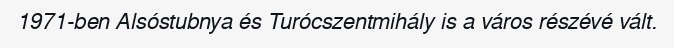
1971-ben Alsóstubnya és Turócszentmihály is a város részévé vált.